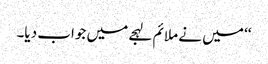
‘‘ میں نے ملائم لہجے میں جواب دیا۔